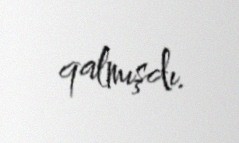
qalmışdı.